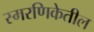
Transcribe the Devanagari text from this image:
स्मरणिकेतील